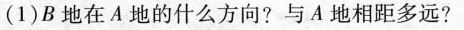
(1)B地在A地的什么方向?与A地相距多远?